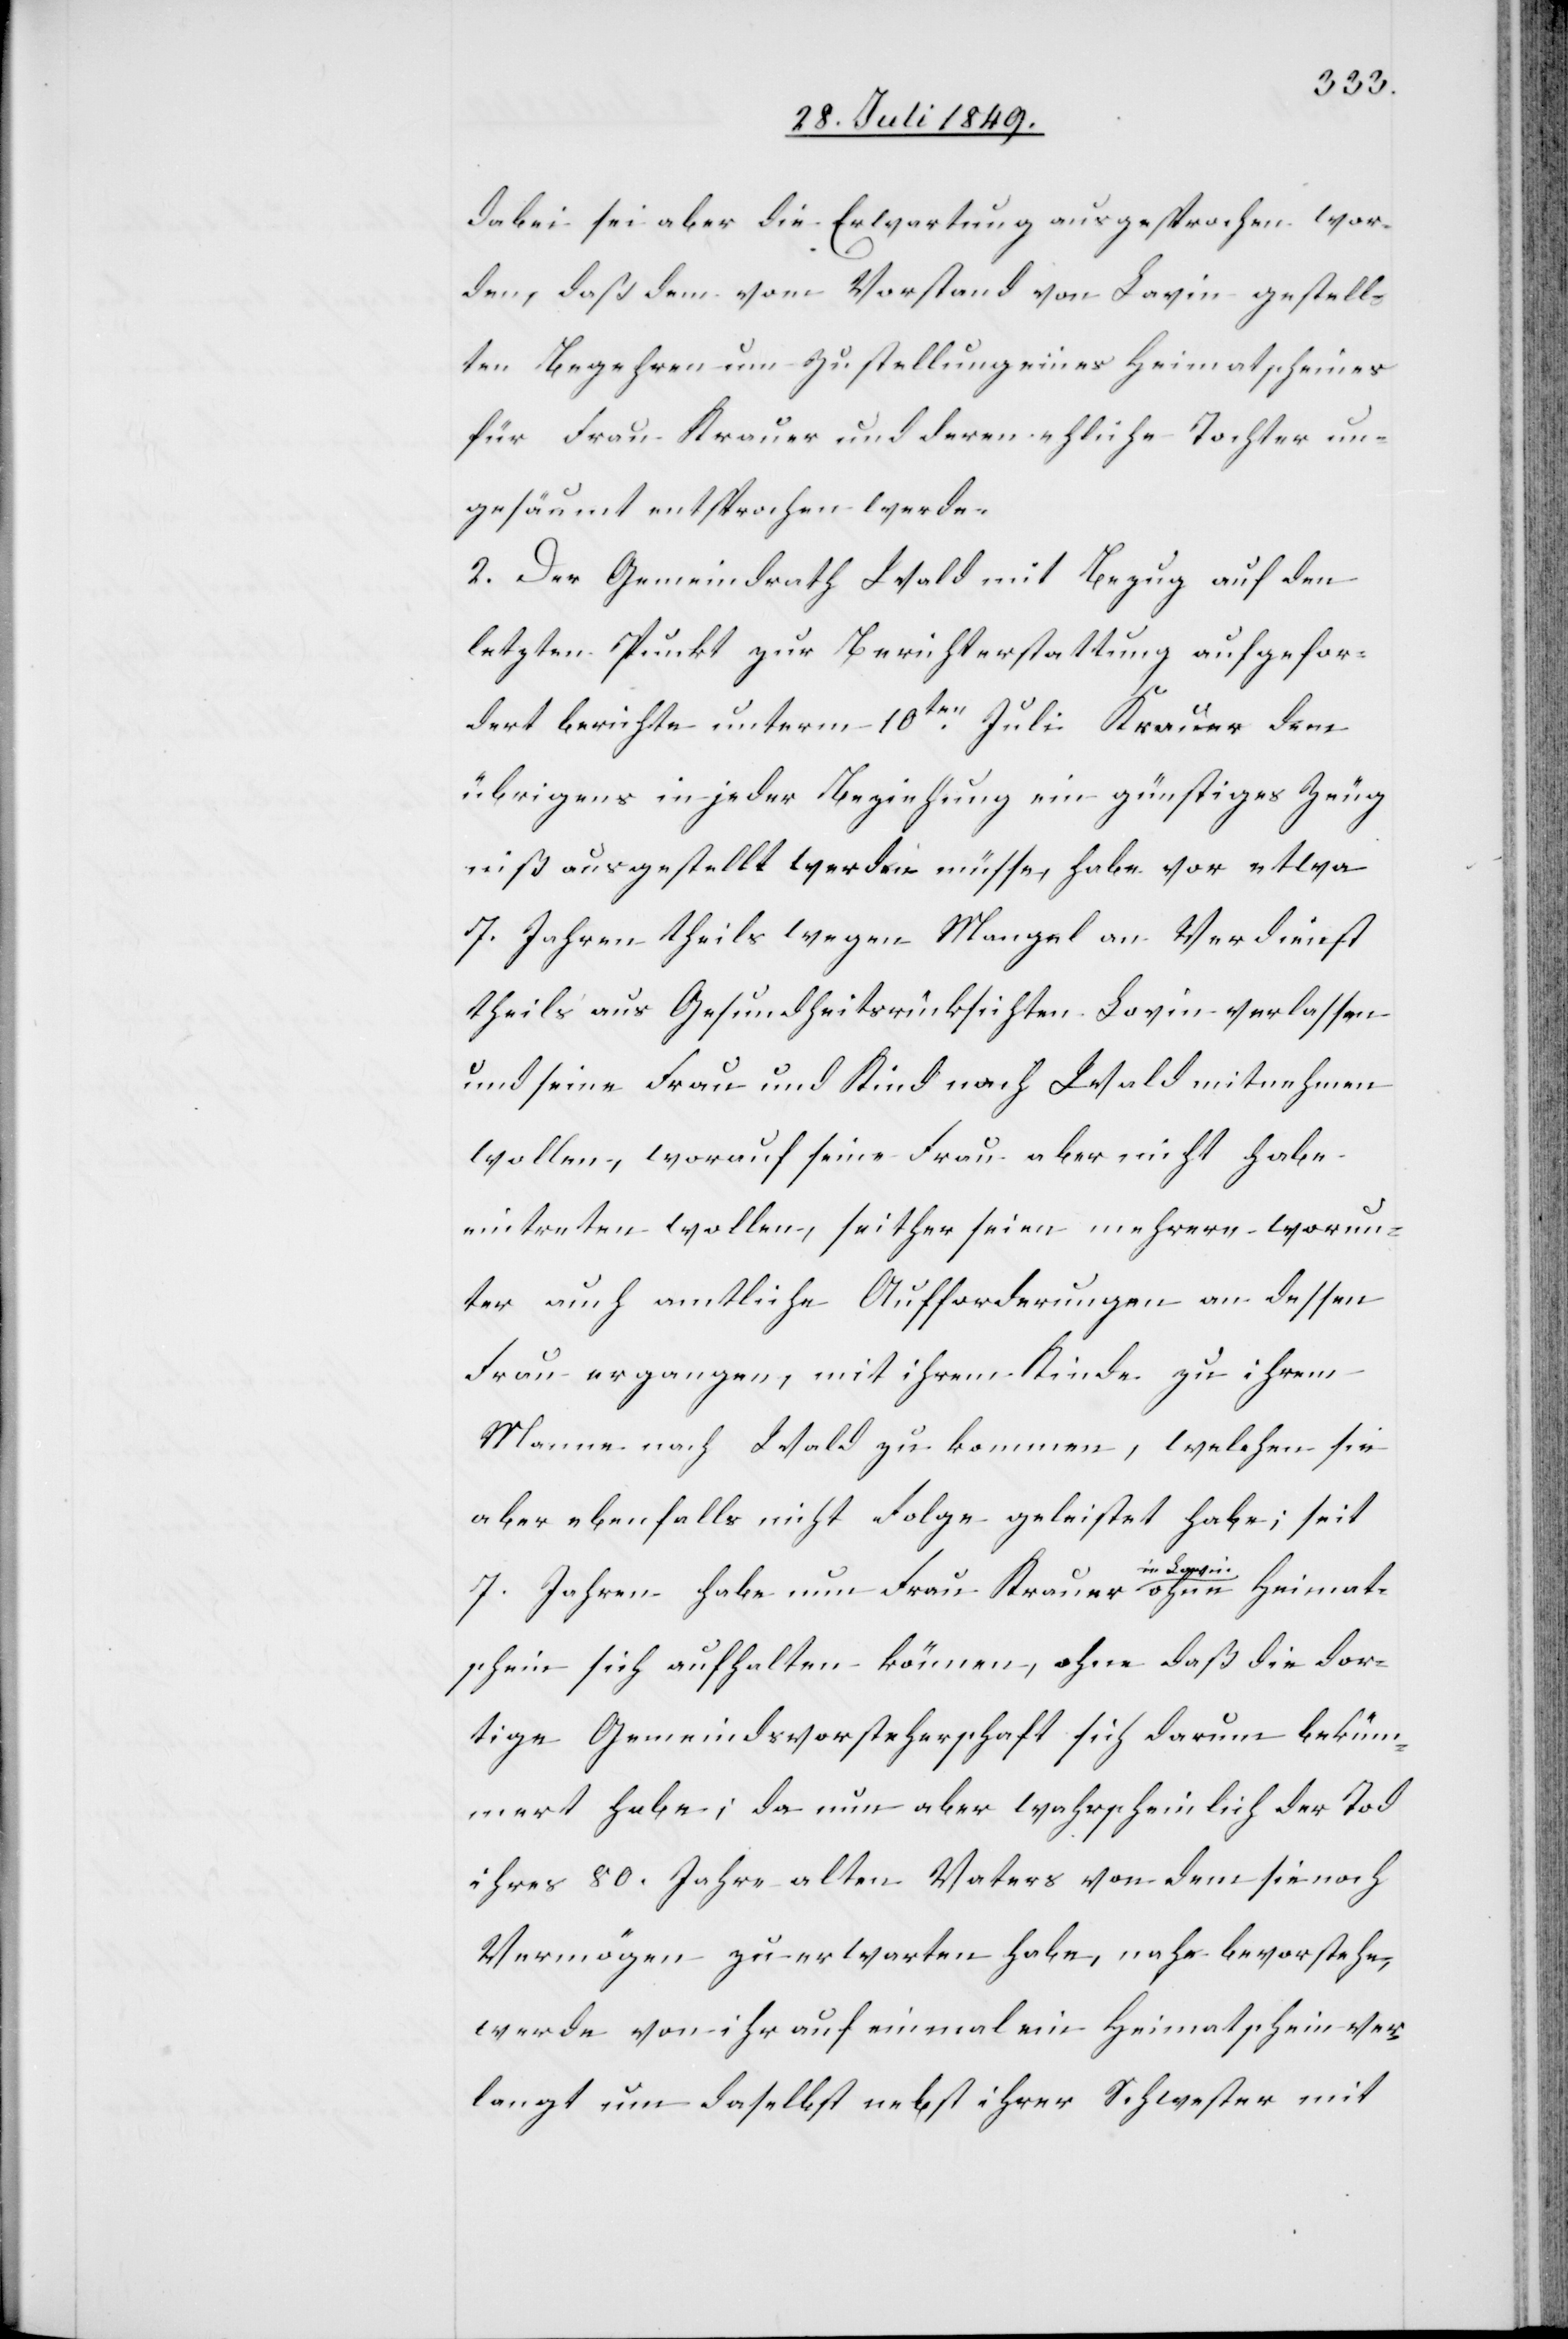
dabei sei aber die Erwartung ausgesprochen wor¬
den, daß dem vom Vorstand von Lavin gestell¬
ten Begehren um Zustellung eines Heimatscheines
für Frau Krauer und deren ehliche Tochter un¬
gesäumt entsprochen werde.
2. Der Gemeindrath Wald mit Bezug auf den
letzten Punkt zur Berichterstattung aufgefor¬
dert berichte unterm 10ten Juli Krauer dem
übrigens in jeder Beziehung ein günstiges Zeug¬
niß ausgestellt werden müsse, habe vor etwa
7. Jahren theils wegen Mangel an Verdienst
theils aus Gesundheitsrücksichten Lavin verlassen
und seine Frau und Kind nach Wald mitnehmen
wollen, worauf seine Frau aber nicht habe
eintreten wollen, seither seien mehrere worun¬
ter auch amtliche Aufforderungen an dessen
Frau ergangen, mit ihrem Kinde zu ihrem
Manne nach Wald zu kommen, welchen sie
aber ebenfalls nicht Folge geleistet habe; seit
hne Heimat¬
7. Jahren habe nun Frau Krauer a-in Lavin-a o¬
schein sich aufhalten können, ohne daß die dor¬
tige Gemeindsvorsteherschaft sich darum beküm¬
mert habe; da nun aber wahrscheinlich der Tod
ihres 80. Jahre alten Vaters von dem sie noch
Vermögen zu erwarten habe, nahe bevorstehe,
werde von ihr auf einmal ein Heimatschein ver¬
langt um daselbst nebst ihrer Schwester mit